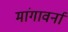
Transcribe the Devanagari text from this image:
मांगावर्ना